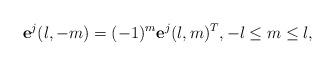
LaTeX: \begin{align*}\mathbf{e}^j(l,-m)=(-1)^{m}\mathbf{e}^j(l,m)^{T},-l\leq m\leq l,\end{align*}